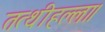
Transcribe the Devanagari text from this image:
तत्थीहल्ला।